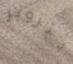
بتزوير